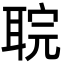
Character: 𮋲